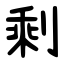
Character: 剩